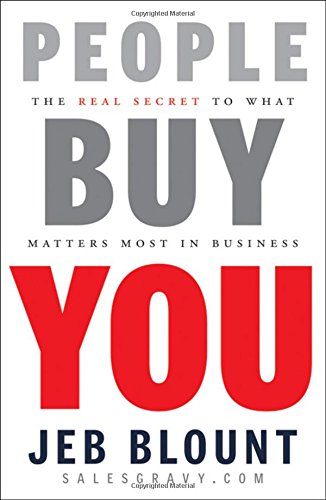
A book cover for People Buy You: The Real Secret to what Matters Most in Business; Jeb Blount; Business & Money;